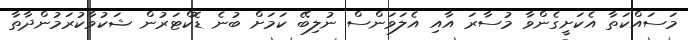
މަސައްކަތާ އެކަށީގެންވާ މުސާރަ އާއި އެލަވަންސް ނުލިބޭ ކަމަށް ބުނެ ޑޮކްޓަރުން ޝަކުވާކުރަމުންދާތާ